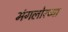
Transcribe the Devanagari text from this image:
मंगलोरच्या